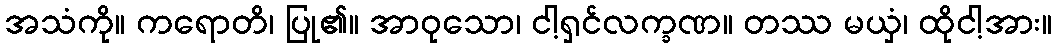
အသံကို။ ကရောတိ၊ ပြု၏။ အာဝုသော၊ ငါ့ရှင်လက္ခဏ။ တဿ မယှံ၊ ထိုငါ့အား။